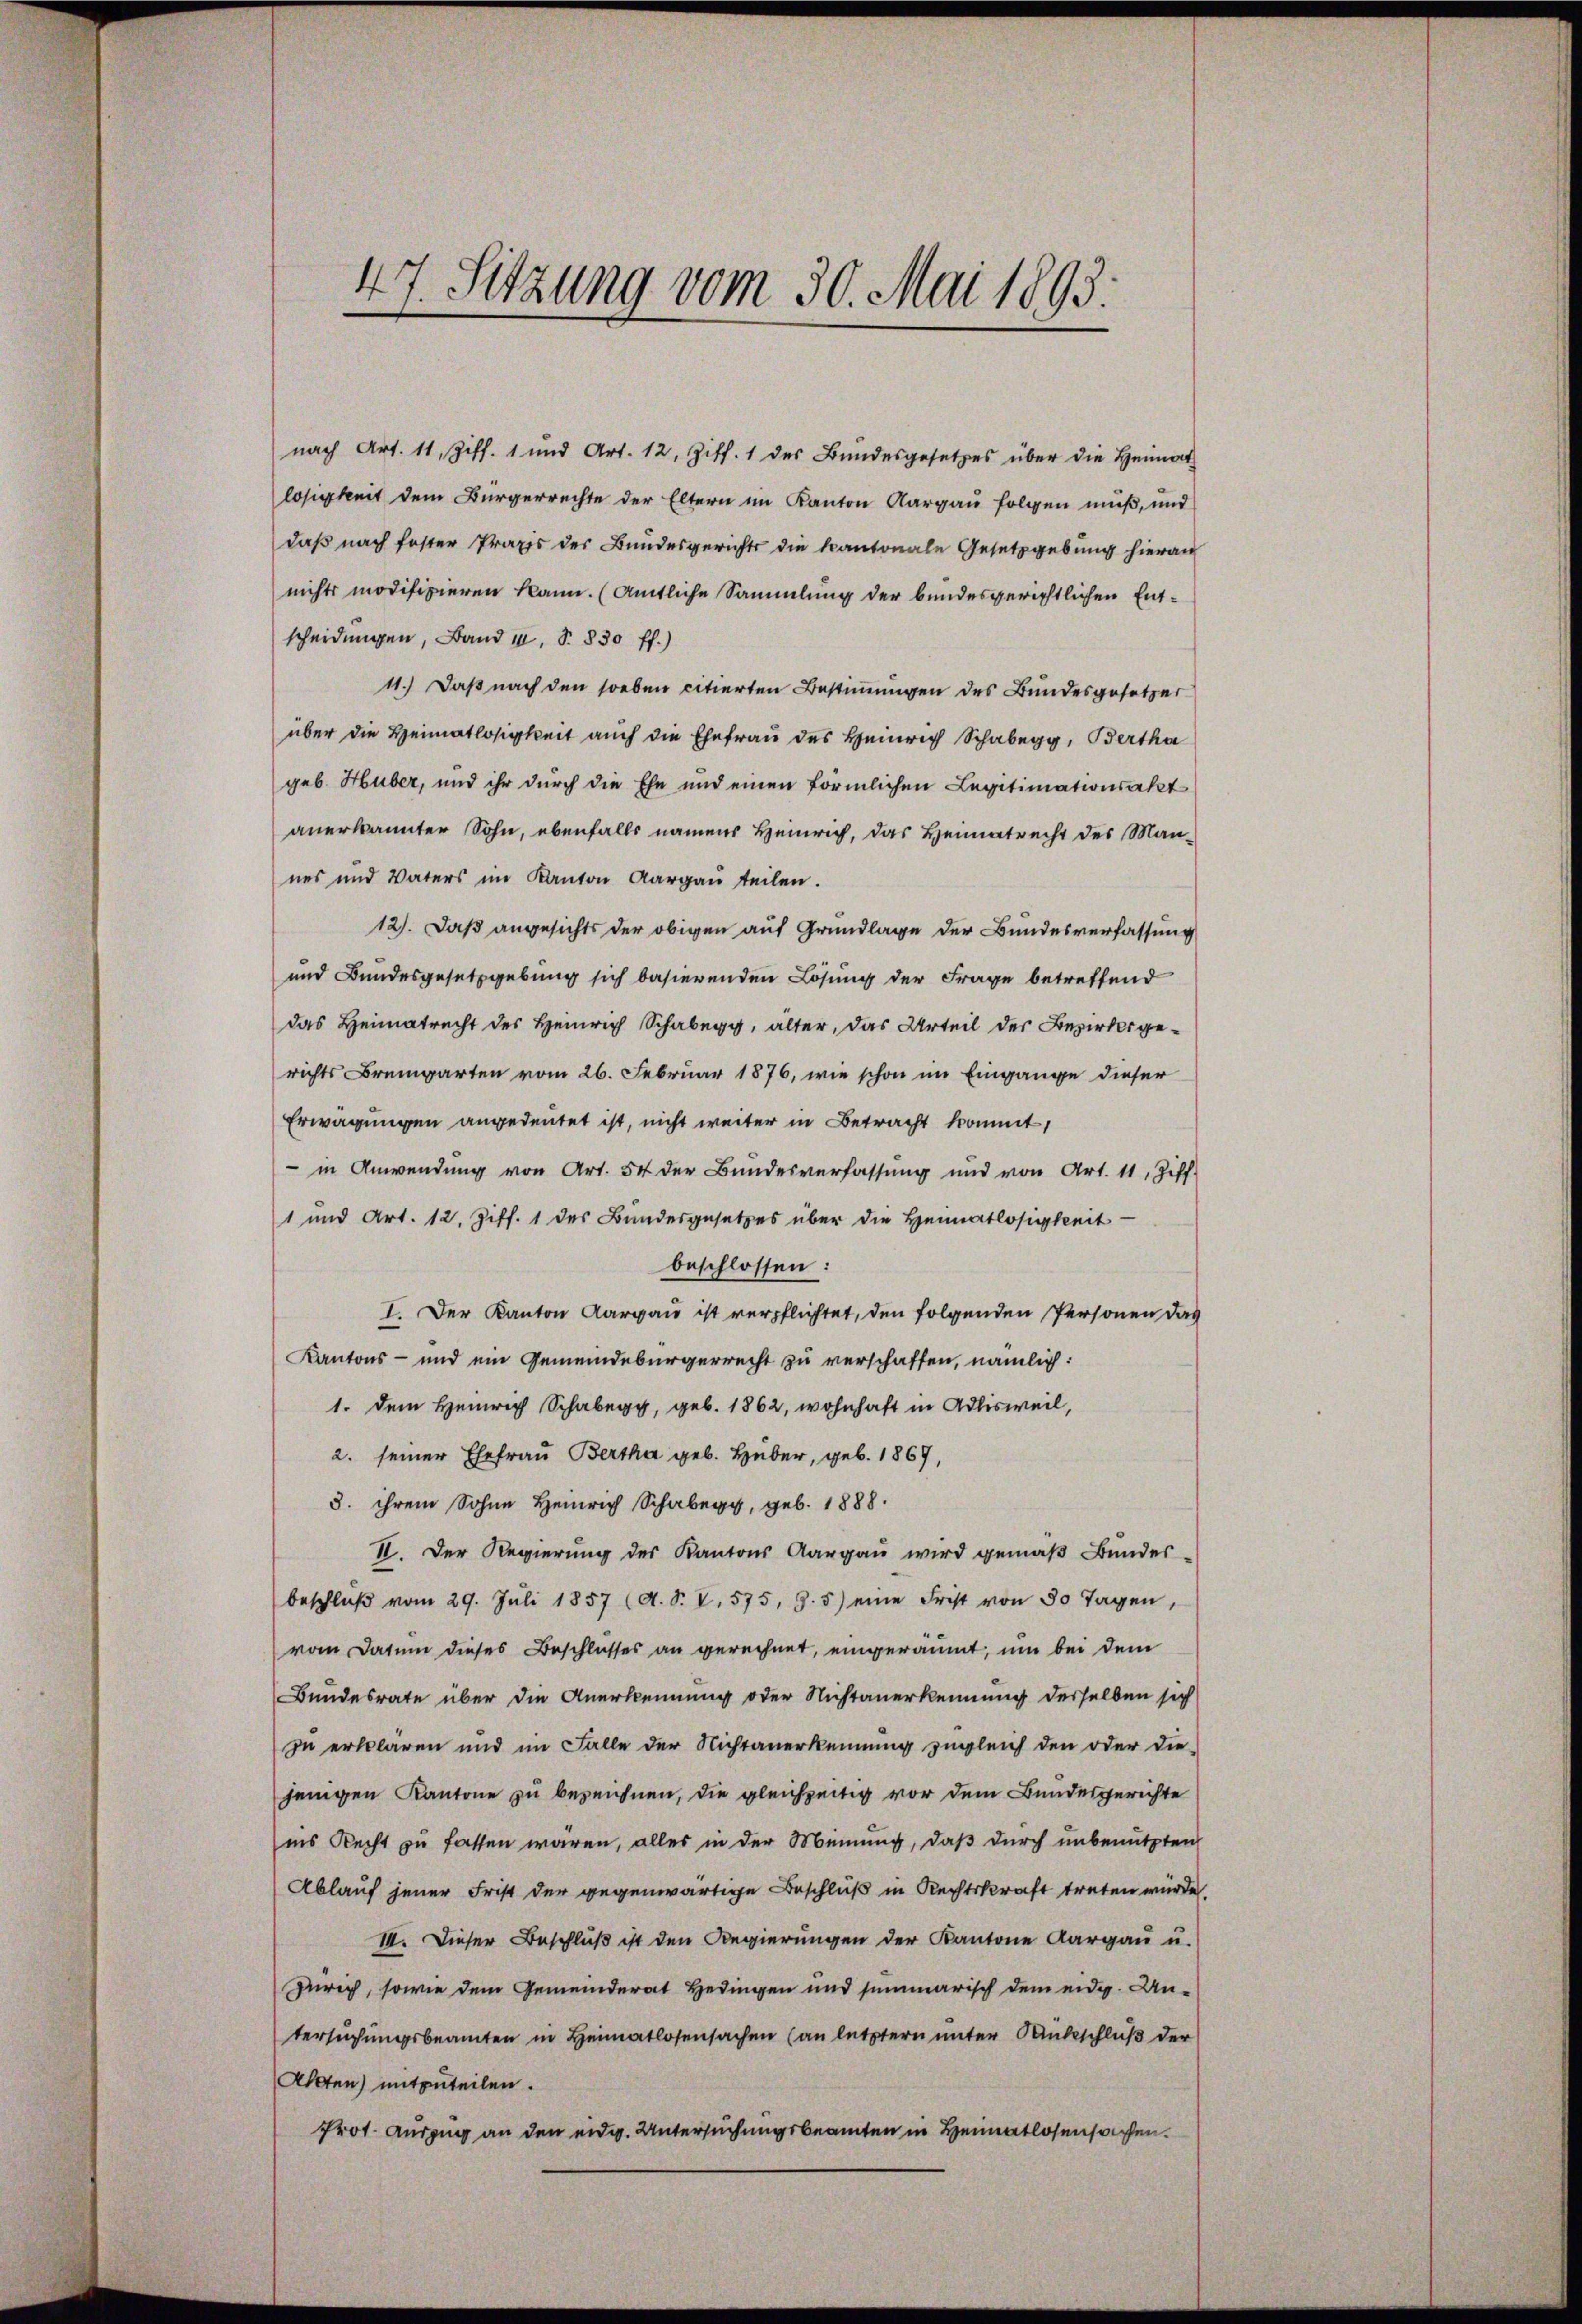
47. Sitzung vom 30. Mai 1893.

nach Art. 11, Ziff. 1 und Art. 12, Ziff. 1 des Bŭndesgesetzes über die Heimat
losigkeit dem Bürgerrechte der Eltern im Kanton Aargau folgen muß, und
daß nach fester Praxis der Bundesgerichts die kantonale Gesetzgebung hierau
nichts modifizieren kann. (Amtliche Sammlung der bundesgerichtlichen Entscheidungen, Band 1, S. 830 ff.)
11.) Daß nach den soeben citierten Bestimmungen des Bundesgesetzer
über die Heimatlosigkeit auch die Ehefrau des Heinrich Schabegg, Bertha
geb. Huber, und ihr durch die Ehe und einen förmlichen Legitimationsakt
anerkannter Sohn, ebenfalls namens Heinrich, das Heimatrecht des Mannes und Vaters im Kanton Aargau teilen.
12). Daß angesichts der obigen auf Grundlage der Bundesverfassung
und Bundesgesetzgebung sich basierenden Lösung der Frage betreffend
das Heimatrecht des Heinrich Schaberg, älter, das Urteil des Bezirksgerichts Bremgarten vom 26. Februar 1876, wie schon im Eingange dieser
Erwägungen angedeutet ist, nicht weiter in Betracht kommt,
- in Anwendung von Art. 54 der Bundesverfassŭng und von Art. 11, Ziff.
1 und Art. 12. Ziff. 1 des Bundesgesetzes über die Heimatlosigkeit
beschlossen:
I. Der Kanton Aargau ist verpflichtet, den folgenden Personen das
Kantons - und ein Gemeindebürgerrecht zu verschaffen, nämlich:
1. dem Heinrich Schabe, geb. 1862, wohnhaft in Adlisweil,
2. seiner Ehefrau Bertha geb. Huber, geb. 1869,
3. ihrem Sohne Heinrich Schabe, geb. 1888.
VI. Der Regierung des Kantons Aargaŭ wird gemäβ Bŭndes-
beschlŭβ vom 29. Jŭli 1857 (A. S. V. 575, 9. 5) eine Frist von 30 Tagen,
vom Datum dieses Beschlusses an gerechnet, eingeräumt, um bei dem
Bundesrate über die Anerkennung oder Nichtanerkennung desselben sich
zu erklären und im Falle der Nichtanerkennung zugleich den oder die-
jenigen Kantone zu bezeichnen, die gleichzeitig vor dem Bundesgerichte
ins Recht zu fassen waren, alles in der Meinung, daß durch unbenutzten
Ablauf jener Frist der gegenwärtige Beschluß in Rechtskraft treten würde.
III. Dieser Beschluß ist den Regierungen der Kantone Aargau u.
Zürich, sowie dem Gemeinderat Hedingen und summarisch dem eidg. Un-
tersuchungsbeamten in Heimatlosensachen (an letztern unter Dankschluß der
Akten) mitzuteilen.
Prot. Auszug an den eidg. Untersuchungsbeamten in Heimatlosensachen